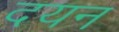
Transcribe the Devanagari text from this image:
दयन